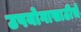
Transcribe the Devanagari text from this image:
उपयोगासाठीचे